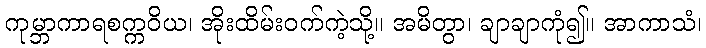
ကုမ္ဘာကာရစက္ကဝိယ၊ အိုးထိမ်းဝက်ကဲ့သို့။ အမိတွာ၊ ချာချာကုံ၍။ အာကာသံ၊